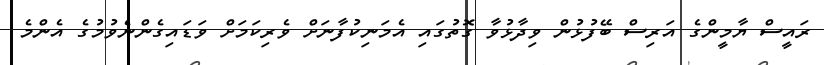
ރައީސް ޔާމީންގެ އަރިސް ބޭފުޅުން ވިދާޅުވާ ގޮތުގައި އެމަނިކުފާނަށް ވެރިކަމަށް ވަަޑައިގެންނެވުމުގެ އެންމެ